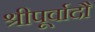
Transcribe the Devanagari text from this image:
श्रीपूर्वादौ